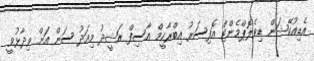
އެޑިއުކޭޝަން ޑިވެލޮޕްމެންޓް އޮފިސަރު އިބްރާހީމް އާސިފް ރަޝީދު މިއަދު ސަން އަށް ވިދާޅުވީ